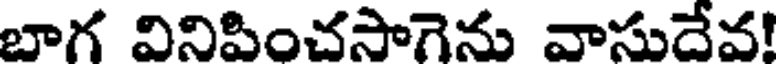
బాగ వినిపించసాగెను వాసుదేవ!